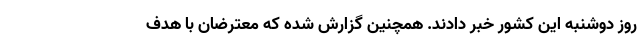
روز دوشنبه این کشور خبر دادند. همچنین گزارش شده که معترضان با هدف